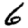
Digit: 6